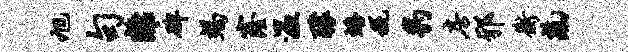
旭句离碑竭窿温醵蟠税豹房邪衡熟